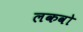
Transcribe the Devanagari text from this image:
लकवो